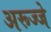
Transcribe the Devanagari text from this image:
अरूज्जे